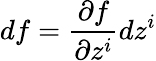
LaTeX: df=\frac{\partial f}{\partial z^{i}}dz^{i}